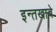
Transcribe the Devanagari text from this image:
इन्तखाबे